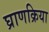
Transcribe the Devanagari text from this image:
घ्राणक्रिया